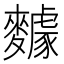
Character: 𪍸